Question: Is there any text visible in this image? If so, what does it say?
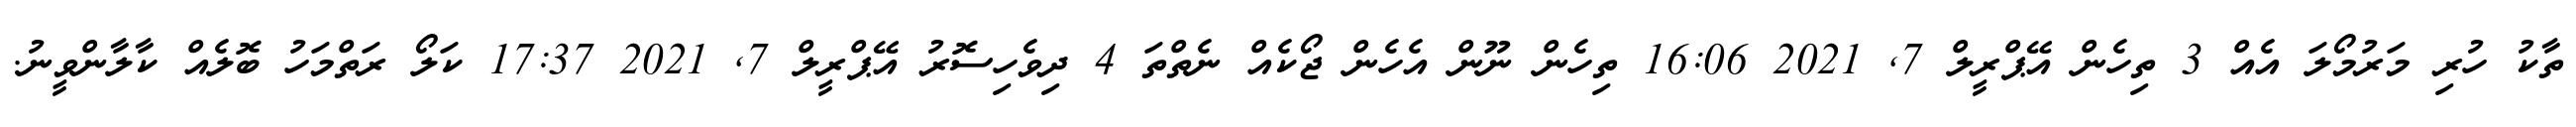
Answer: ތާކު ހުރި މަރުމޯލަ އެއް 3 ތިހެން އޭޕްރީލް 7, 2021 16:06 ތިހެން ނޫން އެހެން ޖޯކެއް ނެތްތަ 4 ދިވެހިސޮރު އޭޕްރީލް 7, 2021 17:37 ކަލޯ ރަތްމަހު ބޮލެއް ކާލާންވީނު.